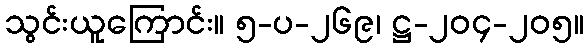
သွင်းယူကြောင်း။ ၅-ပ-၂၆၉၊ ဋ္ဌ-၂၀၄-၂၀၅။